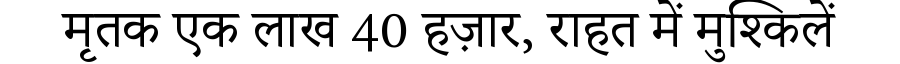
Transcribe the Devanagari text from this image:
मृतक एक लाख 40 हज़ार, राहत में मुश्किलें